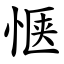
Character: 惬